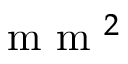
\mathrm { ~ m ~ m ~ } ^ { 2 }